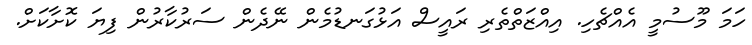
ހަމަ މޫސުމީ އެއްޗެހި. އިއްޒަތްތެރި ރައީސް އަޅުގަނޑުމެން ނޭދެން ސަރުކާރުން ފިޔަ ކޮށާކަށް.